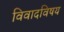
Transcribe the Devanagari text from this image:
विवादविषय